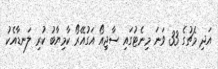
އަދި މެޗުގެ 33 ވަނަ މިނެޓުގައި ސާޖިއޯ އަގުއޭރޯ ކާމިޔާބު ކުރި ލަނޑާއެކު